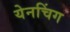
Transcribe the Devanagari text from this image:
येनचिंग